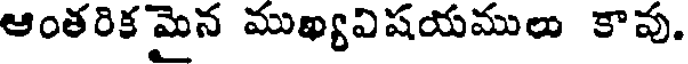
ఆంతరిక మైన ముఖ్యవిషయములు కావు.